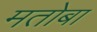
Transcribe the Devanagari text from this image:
मतोबा